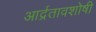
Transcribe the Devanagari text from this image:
आर्द्रतावशोषी